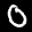
Label: 0